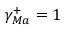
\gamma _ { M a } ^ { + } = 1